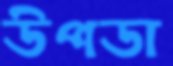
উপডা